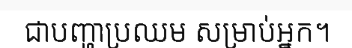
ជាបញ្ហាប្រឈម សម្រាប់អ្នក។